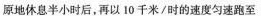
原地休息半小时后，再以10千米/时的速度匀速跑至